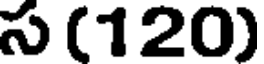
స (120)